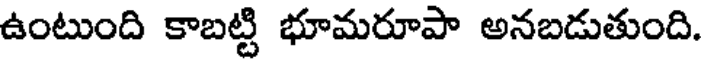
ఉంటుంది కాబట్టి భూమరూపా అనబడుతుంది.